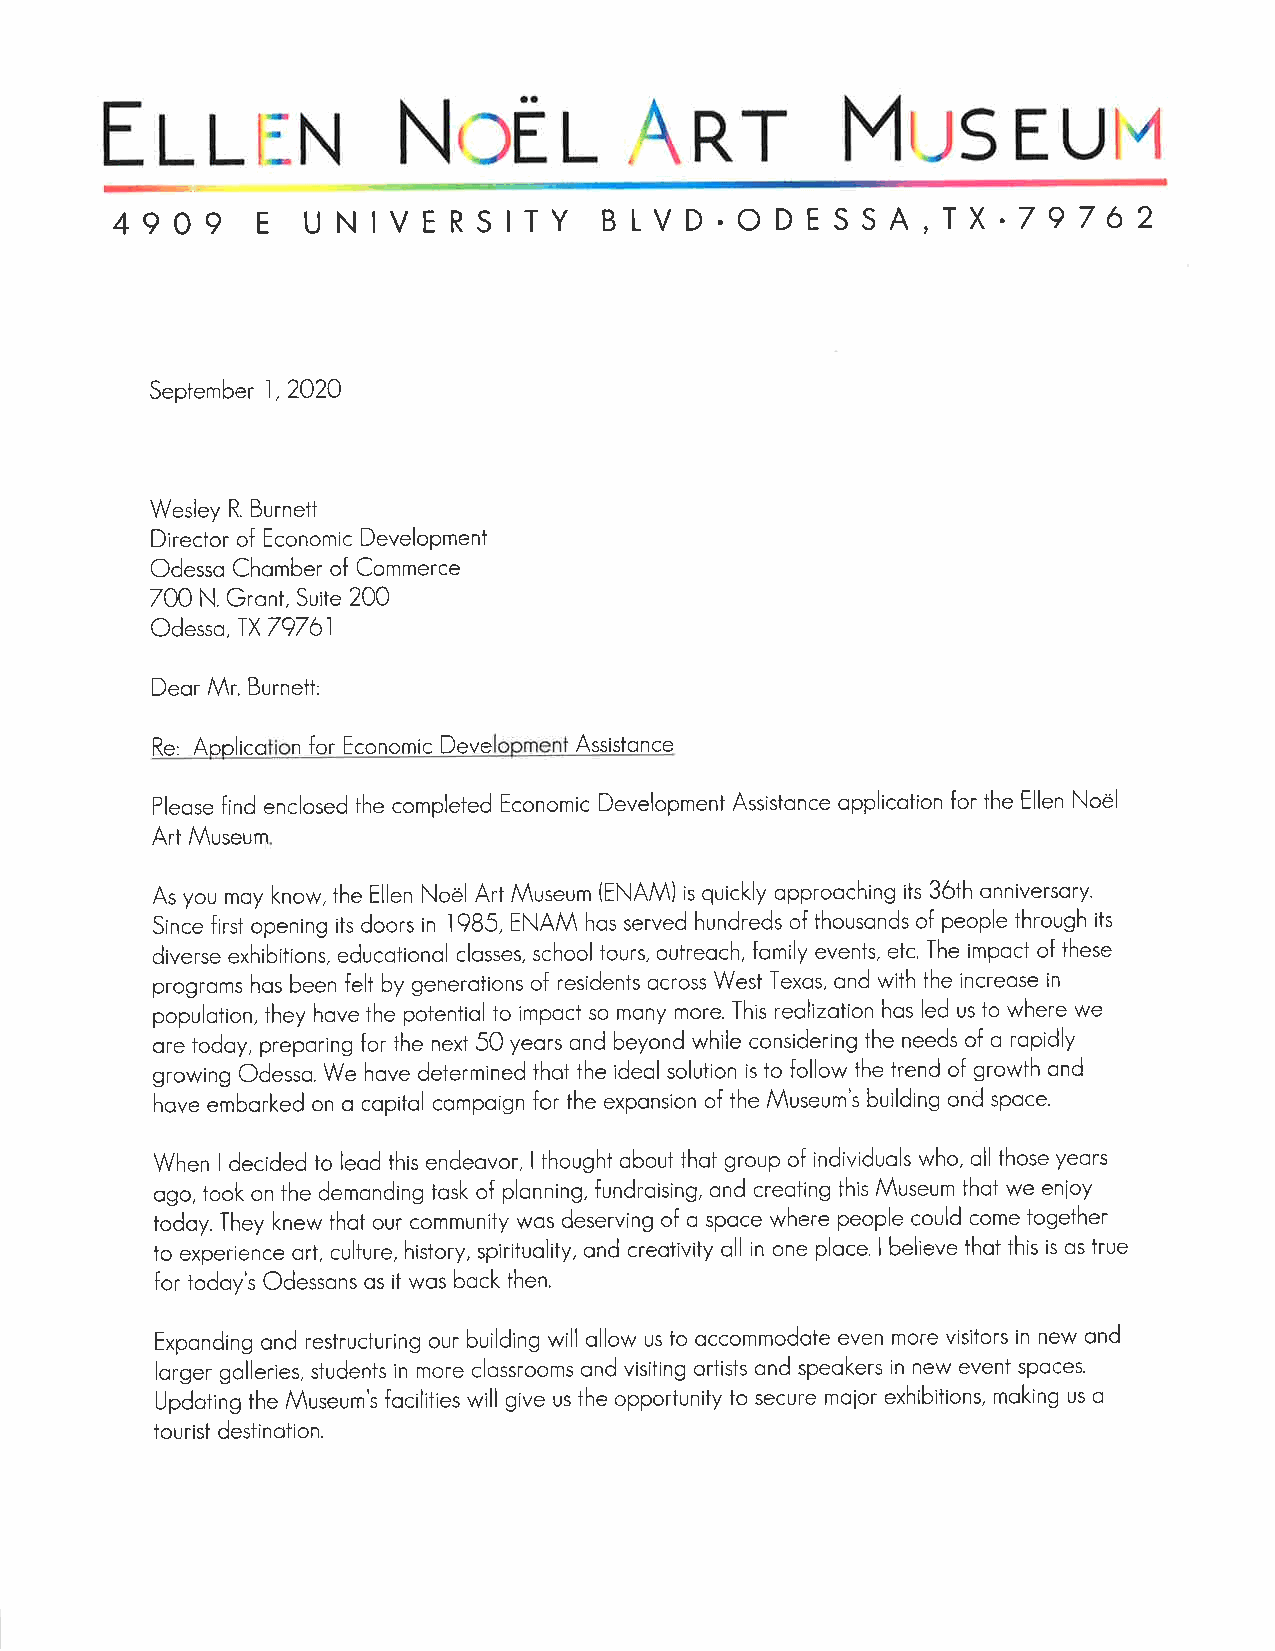
{nr
 N,)rl
 Et-L[:N
 MtJs
 EU}"1
 t
 4909     E  UNIVERSITY          BLVD.ODESSA,TX.79762
 -'lj
 September 1,2020
 Wesley R. Burnett
 Direcior of Economic Development
 Odesso Chomber of Commerce
 200 N. Gront, Suite 200
 Odesso,IX7976l
 Deor Mr. Burnett:
 Re, Applico n for Economic Deve Assistonce
 Pleose find enclosed the completed Economic Developmeni Assistonce opplicotion for the Ellen Noel
 Art Museum
 As you moy know, the Ellen Noel Art Museum (ENAM is quickly opprooching its 36ih onniversory.
 .l985,
 Since first opening its doors in ENAM hos served hundreds of thousonds of people ihrough iis
 diverse exhibitions, educotionol closses, school tours, outreoch, fomily events, etc. The impoct of these
 progroms hos been felt by generoiions of residents ocross West Texos, ond with the increose in
 populoiion, they hove the potentiol io impoci so mony more. This reolizotion hos led us to where we
 ore iodoy, preporing for the next 50 yeors ond beyond while considering the needs of o rcpidly
 growing Odesso. We hove determined thot the ideol soluiion is to follow the trend of growth ond
 hove emborked on o copitol compoign for ihe exponsion of the Museum's building ond spoce.
 When I decided to leod fhis endeovor, I thoughi obout thoi group of individuols who, oll those yeors
 ogo, took on the demonding tosk of plonning, fundroising, ond creoting this Museum thot we enioy
 toloy. They knew thot our community wos deserving of o spoce where people could come together
 to experience ort, culture, history, spirituolity, ond creotivity oll in one ploce. I believe thot this is os true
 for todoy's Odessons os it wos bock then.
 Exponding ond restructuring our building will ollow us io occommodote even more visitors in new ond
 lorger golleries, students in more clossrooms ond visiting qriists ond speokers in new event spoces.
 Updoting the Museum's focilities will give us the opporiunity to secure mo;or exhibiiions, moking us o
 tourist desiinotion.